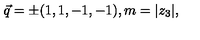
\vec { q } = \pm ( 1 , 1 , - 1 , - 1 ) , m = | z _ { 3 } | ,